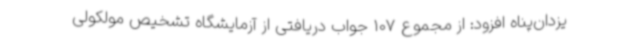
یزدان‌پناه افزود: از مجموع 107 جواب دریافتی از آزمایشگاه تشخیص مولکولی